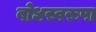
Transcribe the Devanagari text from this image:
बोधस्वरूपा